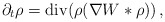
\begin{align*} \partial_t \rho = \mbox{div} (\rho (\nabla W * \rho))\,,\end{align*}